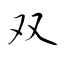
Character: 双